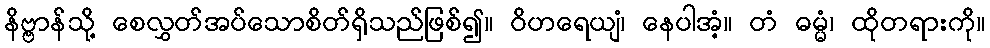
နိဗ္ဗာန်သို့ စေလွှတ်အပ်သောစိတ်ရှိသည်ဖြစ်၍။ ဝိဟရေယျံ၊ နေပါအံ့။ တံ ဓမ္မံ၊ ထိုတရားကို။